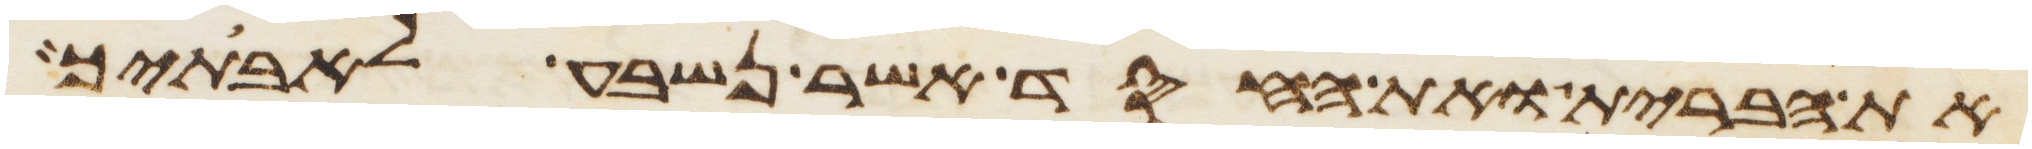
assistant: את הברית ואת החסד אשר נשבע לאבתיך